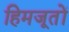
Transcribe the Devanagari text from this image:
हिमजूतों